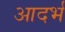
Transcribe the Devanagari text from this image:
आदर्भ